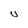
Character: U